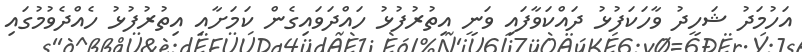
އަހުމަދު ޝަހީދު ވާހަކަފުޅު ދައްކަވާފައި ވަނީ އިތުރުފުޅު ހައްދަވައިގެން ކަމަށާއި އިތުރުފުޅު ހެއްދެވުމުގައި